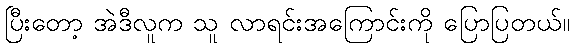
ပြီးတော့ အဲဒီလူက သူ လာရင်းအကြောင်းကို ပြောပြတယ်။